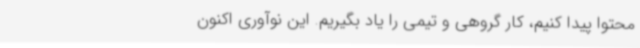
محتوا پیدا کنیم، کار گروهی و تیمی را یاد بگیریم. این نوآوری اکنون